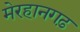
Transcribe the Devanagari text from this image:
मेरहानगढ़